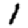
Digit: 1